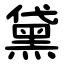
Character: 黛